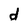
Character: d